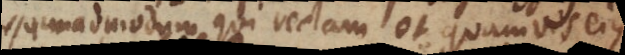
Quemadmodum qui rectam et quamvis ejus